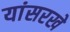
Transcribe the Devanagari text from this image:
यांसरखे